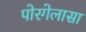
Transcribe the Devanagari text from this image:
पोरगेलासा